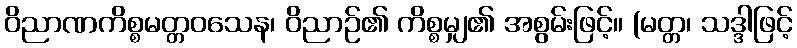
ဝိညာဏကိစ္စမတ္တဝသေန၊ ဝိညာဉ်၏ ကိစ္စမျှ၏ အစွမ်းဖြင့်။ (မတ္တ၊ သဒ္ဒါဖြင့်